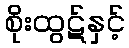
စိုးထွဋ်နှင့်